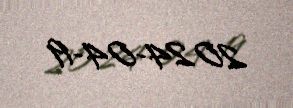
2024-04-19